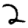
Digit: 2